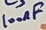
Text: 100AF